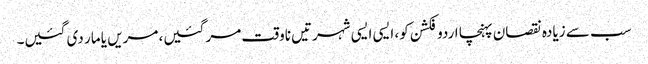
سب سے زیادہ نقصان پہنچا اردو فکشن کو، ایسی ایسی شہرتیں ناوقت مر گئیں، مریں یا مار دی گئیں۔